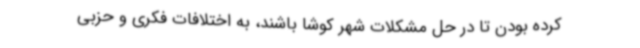
کرده بودن تا در حل مشکلات شهر کوشا باشند، به اختلافات فکری و حزبی